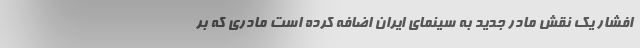
افشار یک نقش مادر جدید به سینمای ایران اضافه کرده است مادری که بر